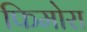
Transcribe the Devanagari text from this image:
फिमोरा